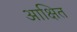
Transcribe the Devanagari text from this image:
आक्षित